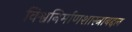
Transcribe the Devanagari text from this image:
विश्वनिर्माणशास्त्राबद्दल